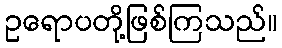
ဥရောပတို့ဖြစ်ကြသည်။